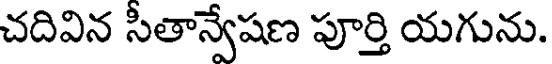
చదివిన సీతాన్వేషణ పూర్తి యగును.